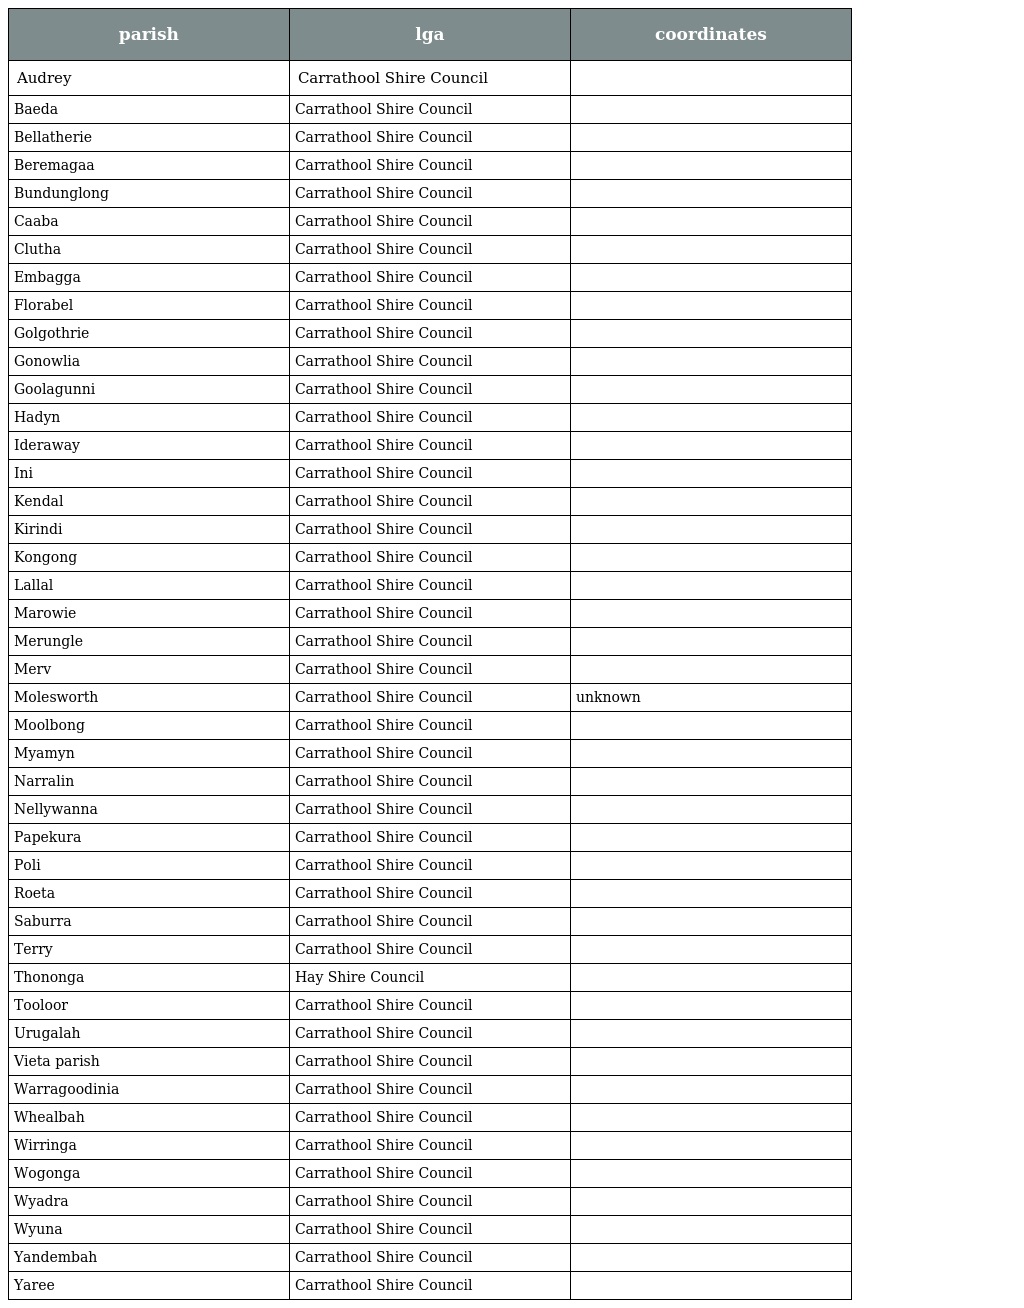
| parish | lga | coordinates |
 | --- | --- | --- |
 | Audrey | Carrathool Shire Council |  |
 | Baeda | Carrathool Shire Council |  |
 | Bellatherie | Carrathool Shire Council |  |
 | Beremagaa | Carrathool Shire Council |  |
 | Bundunglong | Carrathool Shire Council |  |
 | Caaba | Carrathool Shire Council |  |
 | Clutha | Carrathool Shire Council |  |
 | Embagga | Carrathool Shire Council |  |
 | Florabel | Carrathool Shire Council |  |
 | Golgothrie | Carrathool Shire Council |  |
 | Gonowlia | Carrathool Shire Council |  |
 | Goolagunni | Carrathool Shire Council |  |
 | Hadyn | Carrathool Shire Council |  |
 | Ideraway | Carrathool Shire Council |  |
 | Ini | Carrathool Shire Council |  |
 | Kendal | Carrathool Shire Council |  |
 | Kirindi | Carrathool Shire Council |  |
 | Kongong | Carrathool Shire Council |  |
 | Lallal | Carrathool Shire Council |  |
 | Marowie | Carrathool Shire Council |  |
 | Merungle | Carrathool Shire Council |  |
 | Merv | Carrathool Shire Council |  |
 | Molesworth | Carrathool Shire Council | unknown |
 | Moolbong | Carrathool Shire Council |  |
 | Myamyn | Carrathool Shire Council |  |
 | Narralin | Carrathool Shire Council |  |
 | Nellywanna | Carrathool Shire Council |  |
 | Papekura | Carrathool Shire Council |  |
 | Poli | Carrathool Shire Council |  |
 | Roeta | Carrathool Shire Council |  |
 | Saburra | Carrathool Shire Council |  |
 | Terry | Carrathool Shire Council |  |
 | Thononga | Hay Shire Council |  |
 | Tooloor | Carrathool Shire Council |  |
 | Urugalah | Carrathool Shire Council |  |
 | Vieta parish | Carrathool Shire Council |  |
 | Warragoodinia | Carrathool Shire Council |  |
 | Whealbah | Carrathool Shire Council |  |
 | Wirringa | Carrathool Shire Council |  |
 | Wogonga | Carrathool Shire Council |  |
 | Wyadra | Carrathool Shire Council |  |
 | Wyuna | Carrathool Shire Council |  |
 | Yandembah | Carrathool Shire Council |  |
 | Yaree | Carrathool Shire Council |  |